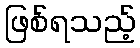
ဖြစ်ရသည့်